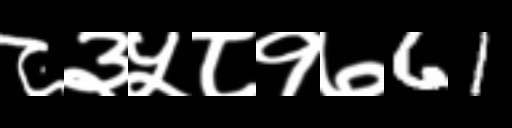
Text: ८३५८१७61